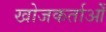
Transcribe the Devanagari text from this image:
खोजकर्ताओँ